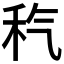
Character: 𥝬